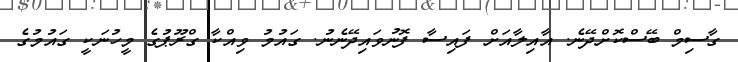
ގާސިމް ބޭސްކޮށްދޭނެ. އާއިލާއަށް ފައިސާ ފޮނުވައިދޭނެނު. ގައުމު ވިއްކާ ގްރޫޕުގެ މީހުނަކީ ގައުމުގެ